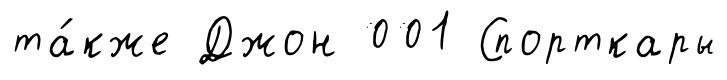
та́кже Джон 001 Спорткары